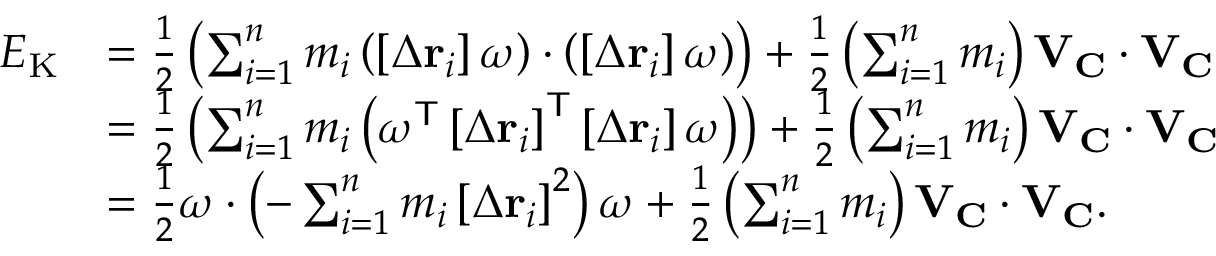
{ \begin{array} { r l } { E _ { \mathrm { K } } } & { = { \frac { 1 } { 2 } } \left( \sum _ { i = 1 } ^ { n } m _ { i } \left( \left[ \Delta \mathbf { r } _ { i } \right] { \boldsymbol { \omega } } \right) \cdot \left( \left[ \Delta \mathbf { r } _ { i } \right] { \boldsymbol { \omega } } \right) \right) + { \frac { 1 } { 2 } } \left( \sum _ { i = 1 } ^ { n } m _ { i } \right) \mathbf { V } _ { \mathbf { C } } \cdot \mathbf { V } _ { \mathbf { C } } } \\ & { = { \frac { 1 } { 2 } } \left( \sum _ { i = 1 } ^ { n } m _ { i } \left( { \boldsymbol { \omega } } ^ { \mathsf { T } } \left[ \Delta \mathbf { r } _ { i } \right] ^ { \mathsf { T } } \left[ \Delta \mathbf { r } _ { i } \right] { \boldsymbol { \omega } } \right) \right) + { \frac { 1 } { 2 } } \left( \sum _ { i = 1 } ^ { n } m _ { i } \right) \mathbf { V } _ { \mathbf { C } } \cdot \mathbf { V } _ { \mathbf { C } } } \\ & { = { \frac { 1 } { 2 } } { \boldsymbol { \omega } } \cdot \left( - \sum _ { i = 1 } ^ { n } m _ { i } \left[ \Delta \mathbf { r } _ { i } \right] ^ { 2 } \right) { \boldsymbol { \omega } } + { \frac { 1 } { 2 } } \left( \sum _ { i = 1 } ^ { n } m _ { i } \right) \mathbf { V } _ { \mathbf { C } } \cdot \mathbf { V } _ { \mathbf { C } } . } \end{array} }